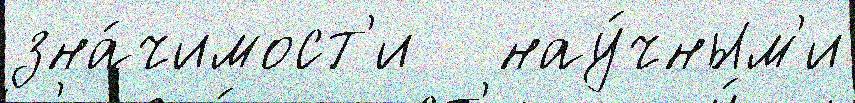
зна́чимост'и   нау́чным'и